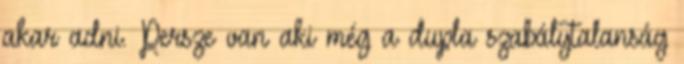
akar adni. Persze van aki még a dupla szabálytalanság